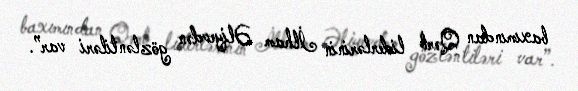
baxımından Qərb liderlərinin İlham Əliyevdən gözləntiləri var”.